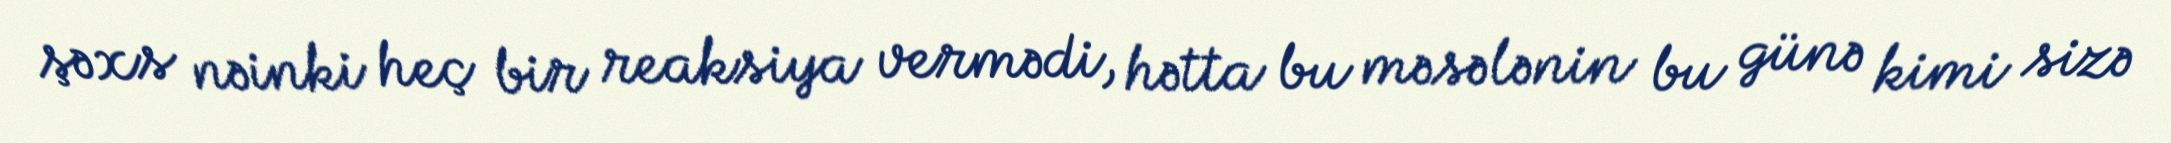
şəxs nəinki heç bir reaksiya vermədi, hətta bu məsələnin bu günə kimi sizə